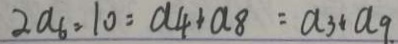
2 a _ { 6 } = 1 0 = a _ { 4 } + a _ { 8 } = a _ { 3 } + a _ { 9 } .